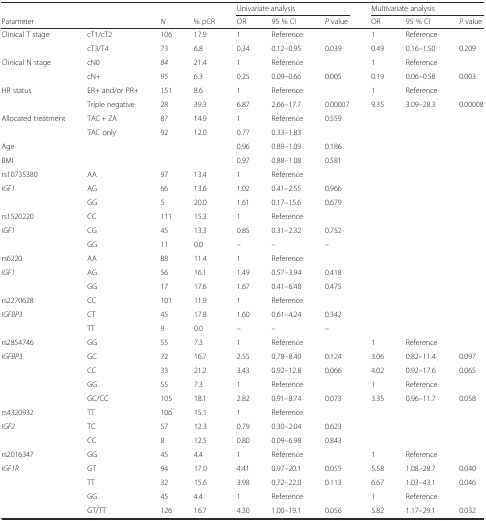
<table><thead><tr><td></td><td></td><td></td><td></td><td colspan="3"><b>Univariate analysis</b></td><td colspan="3"><b>Multivariate analysis</b></td></tr><tr><td><b>Parameter</b></td><td></td><td><b><i>N</i></b></td><td><b>% pCR</b></td><td><b>OR</b></td><td><b>95 % CI</b></td><td><b><i>P</i> value</b></td><td><b>OR</b></td><td><b>95 % CI</b></td><td><b><i>P</i> value</b></td></tr></thead><tbody><tr><td>Clinical T stage</td><td>cT1/cT2</td><td>106</td><td>17.9</td><td>1</td><td>Reference</td><td></td><td>1</td><td>Reference</td><td></td></tr><tr><td></td><td>cT3/T4</td><td>73</td><td>6.8</td><td>0.34</td><td>0.12–0.95</td><td>0.039</td><td>0.49</td><td>0.16–1.50</td><td>0.209</td></tr><tr><td>Clinical N stage</td><td>cN0</td><td><i>84</i></td><td>21.4</td><td>1</td><td>Reference</td><td></td><td>1</td><td>Reference</td><td></td></tr><tr><td></td><td>cN+</td><td><i>95</i></td><td>6.3</td><td>0.25</td><td>0.09–0.66</td><td>0.005</td><td>0.19</td><td>0.06–0.58</td><td>0.003</td></tr><tr><td>HR status</td><td>ER+ and/or PR+</td><td>151</td><td>8.6</td><td>1</td><td>Reference</td><td></td><td>1</td><td>Reference</td><td></td></tr><tr><td></td><td>Triple negative</td><td>28</td><td>39.3</td><td>6.87</td><td>2.66–17.7</td><td>0.00007</td><td>9.35</td><td>3.09–28.3</td><td>0.00008</td></tr><tr><td rowspan="2">Allocated treatment</td><td>TAC + ZA</td><td>87</td><td>14.9</td><td>1</td><td>Reference</td><td>0.559</td><td></td><td></td><td></td></tr><tr><td>TAC only</td><td>92</td><td>12.0</td><td>0.77</td><td>0.33–1.83</td><td></td><td></td><td></td><td></td></tr><tr><td>Age</td><td></td><td></td><td></td><td>0.96</td><td>0.89–1.09</td><td>0.186</td><td></td><td></td><td></td></tr><tr><td>BMI</td><td></td><td></td><td></td><td>0.97</td><td>0.88–1.08</td><td>0.581</td><td></td><td></td><td></td></tr><tr><td>rs10735380</td><td>AA</td><td>97</td><td>13.4</td><td>1</td><td>Reference</td><td></td><td></td><td></td><td></td></tr><tr><td><i>IGF1</i></td><td>AG</td><td>66</td><td>13.6</td><td>1.02</td><td>0.41–2.55</td><td>0.966</td><td></td><td></td><td></td></tr><tr><td></td><td>GG</td><td>5</td><td>20.0</td><td>1.61</td><td>0.17–15.6</td><td>0.679</td><td></td><td></td><td></td></tr><tr><td>rs1520220</td><td>CC</td><td>111</td><td>15.3</td><td>1</td><td>Reference</td><td></td><td></td><td></td><td></td></tr><tr><td><i>IGF1</i></td><td>CG</td><td>45</td><td>13.3</td><td>0.85</td><td>0.31–2.32</td><td>0.752</td><td></td><td></td><td></td></tr><tr><td></td><td>GG</td><td>11</td><td>0.0</td><td>–</td><td>–</td><td>–</td><td></td><td></td><td></td></tr><tr><td>rs6220</td><td>AA</td><td>88</td><td>11.4</td><td>1</td><td>Reference</td><td></td><td></td><td></td><td></td></tr><tr><td><i>IGF1</i></td><td>AG</td><td>56</td><td>16.1</td><td>1.49</td><td>0.57–3.94</td><td>0.418</td><td></td><td></td><td></td></tr><tr><td></td><td>GG</td><td>17</td><td>17.6</td><td>1.67</td><td>0.41–6.48</td><td>0.475</td><td></td><td></td><td></td></tr><tr><td>rs2270628</td><td>CC</td><td>101</td><td>11.9</td><td>1</td><td>Reference</td><td></td><td></td><td></td><td></td></tr><tr><td><i>IGFBP3</i></td><td>CT</td><td>45</td><td>17.8</td><td>1.60</td><td>0.61–4.24</td><td>0.342</td><td></td><td></td><td></td></tr><tr><td></td><td>TT</td><td>9</td><td>0.0</td><td>–</td><td>–</td><td>–</td><td></td><td></td><td></td></tr><tr><td>rs2854746</td><td>GG</td><td>55</td><td>7.3</td><td>1</td><td>Reference</td><td></td><td>1</td><td>Reference</td><td></td></tr><tr><td><i>IGFBP3</i></td><td>GC</td><td>72</td><td>16.7</td><td>2.55</td><td>0.78–8.40</td><td>0.124</td><td>3.06</td><td>0.82–11.4</td><td>0.097</td></tr><tr><td></td><td>CC</td><td>33</td><td>21.2</td><td>3.43</td><td>0.92–12.8</td><td>0.066</td><td>4.02</td><td>0.92–17.6</td><td>0.065</td></tr><tr><td></td><td>GG</td><td>55</td><td>7.3</td><td>1</td><td>Reference</td><td></td><td>1</td><td>Reference</td><td></td></tr><tr><td></td><td>GC/CC</td><td>105</td><td>18.1</td><td>2.82</td><td>0.91–8.74</td><td>0.073</td><td>3.35</td><td>0.96–11.7</td><td>0.058</td></tr><tr><td>rs4320932</td><td>TT</td><td>106</td><td>15.1</td><td>1</td><td>Reference</td><td></td><td></td><td></td><td></td></tr><tr><td><i>IGF2</i></td><td>TC</td><td>57</td><td>12.3</td><td>0.79</td><td>0.30–2.04</td><td>0.623</td><td></td><td></td><td></td></tr><tr><td></td><td>CC</td><td>8</td><td>12.5</td><td>0.80</td><td>0.09–6.98</td><td>0.843</td><td></td><td></td><td></td></tr><tr><td>rs2016347</td><td>GG</td><td>45</td><td>4.4</td><td>1</td><td>Reference</td><td></td><td>1</td><td>Reference</td><td></td></tr><tr><td><i>IGF1R</i></td><td>GT</td><td>94</td><td>17.0</td><td>4.41</td><td>0.97–20.1</td><td>0.055</td><td>5.58</td><td>1.08–28.7</td><td>0.040</td></tr><tr><td></td><td>TT</td><td>32</td><td>15.6</td><td>3.98</td><td>0.72–22.0</td><td>0.113</td><td>6.67</td><td>1.03–43.1</td><td>0.046</td></tr><tr><td></td><td>GG</td><td>45</td><td>4.4</td><td>1</td><td>Reference</td><td></td><td>1</td><td>Reference</td><td></td></tr><tr><td></td><td>GT/TT</td><td>126</td><td>16.7</td><td>4.30</td><td>1.00–19.1</td><td>0.056</td><td>5.82</td><td>1.17–29.1</td><td>0.032</td></tr></tbody></table>